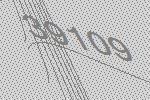
39109